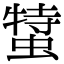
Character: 𧎬